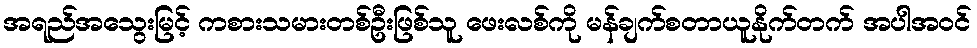
အရည်အသွေးမြင့် ကစားသမားတစ်ဦးဖြစ်သူ ဖေးလစ်ကို မန်ချက်စတာယူနိုက်တက် အပါအဝင်